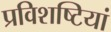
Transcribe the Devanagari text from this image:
प्रविशष्टियां